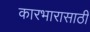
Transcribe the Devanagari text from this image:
कारभारासाठी